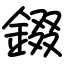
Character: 錣